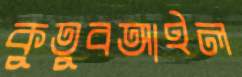
কুতুবআইল